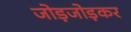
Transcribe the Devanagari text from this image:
जोड़जोड़कर